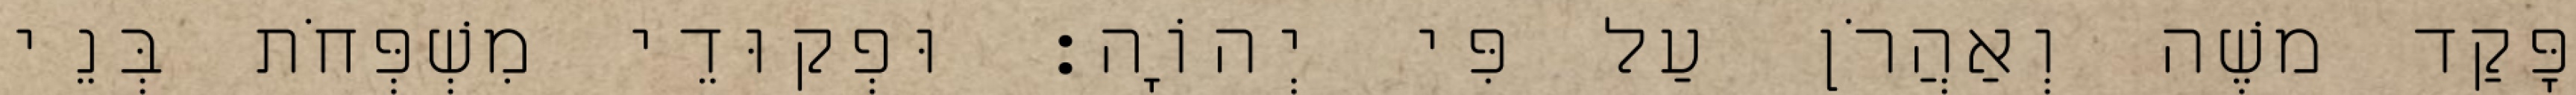
פָּקַד משֶׁה וְאַהֲרֹן עַל פִּי יְהוָֹה׃ וּפְקוּדֵי מִשְׁפְּחֹת בְּנֵי